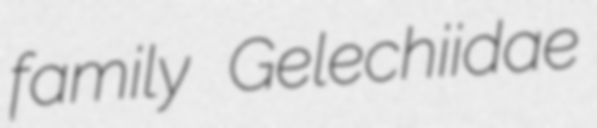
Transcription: family Gelechiidae